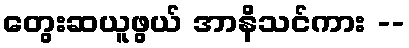
တွေးဆယူဖွယ် အာနိသင်ကား --